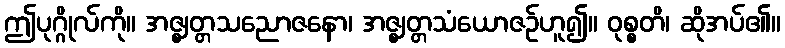
ဤပုဂ္ဂိုလ်ကို။ အဇ္ဈတ္တသညောဇနော၊ အဇ္ဈတ္တသံယောဇဉ်ဟူ၍။ ဝုစ္စတိ၊ ဆိုအပ်၏။